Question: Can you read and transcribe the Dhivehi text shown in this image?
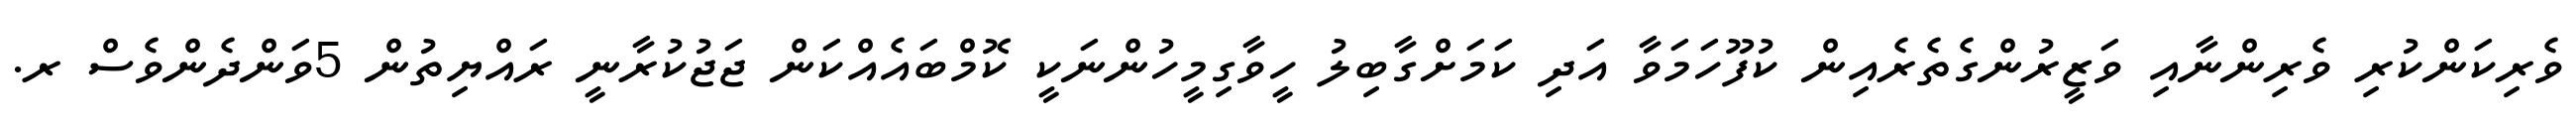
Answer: ވެރިކަންކުރި ވެރިންނާއި ވަޒީރުންގެތެރެއިން ކުފޫހަމަވާ އަދި ކަމަށްގާބިލު ހީވާގިމީހުންނަކީ ކޮމްބައެއްކަން ޖަޖުކުރާނީ ރައްޔިތުން 5ވަންދެންވެސް ރ.